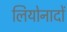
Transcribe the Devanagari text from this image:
लियोनादों